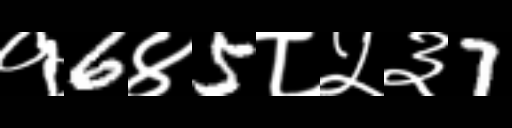
Text: १6४5८५३7